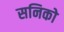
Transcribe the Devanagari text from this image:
सनिको